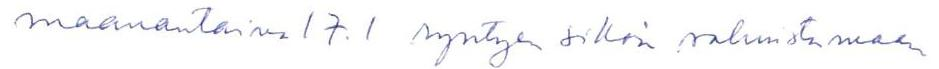
maanantaina 17.1 ryhtyen silloin valmistamaan